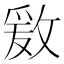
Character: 𱡟